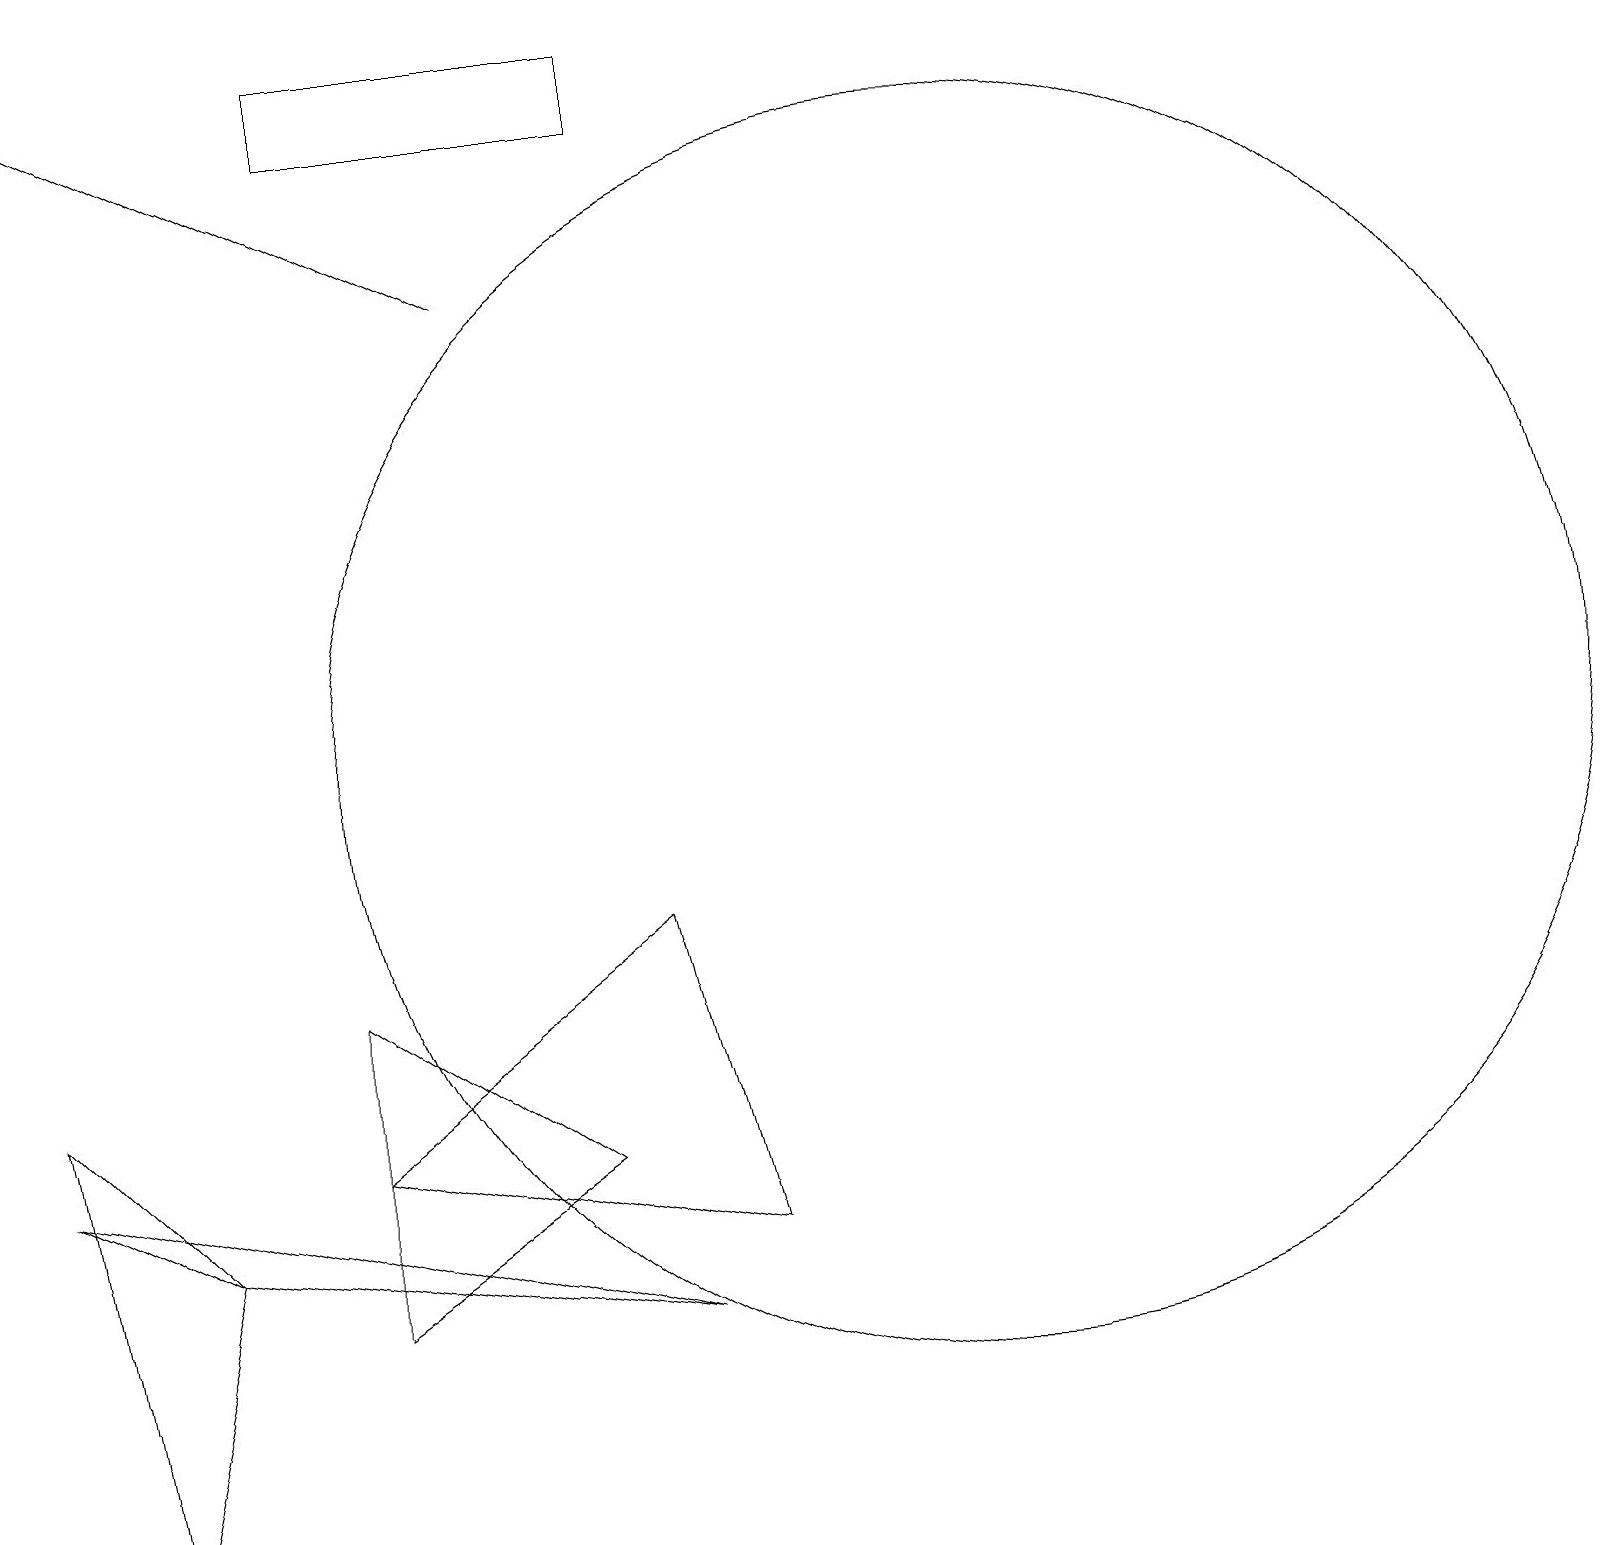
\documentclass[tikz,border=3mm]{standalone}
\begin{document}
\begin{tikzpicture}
\draw (7,5) -- (4,7) -- (4,3) -- cycle;
\draw (12,10) circle (8);
\draw (0,5) -- (2,4) -- (8,3) -- cycle;
\draw (2,4) -- (0,6) -- (1,0) -- cycle;
\draw (8,18) rectangle (4,19);
\draw[->] (6,16) -- (0,19);
\draw (4,5) -- (8,8) -- (9,4) -- cycle;
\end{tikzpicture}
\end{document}